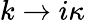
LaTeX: k\to i\kappa